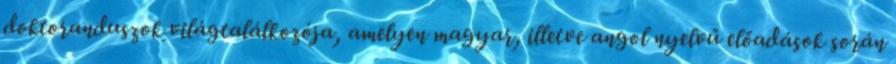
doktoranduszok világtalálkozója, amelyen magyar, illetve angol nyelvű előadások során